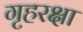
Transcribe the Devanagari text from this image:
गृहरक्षा